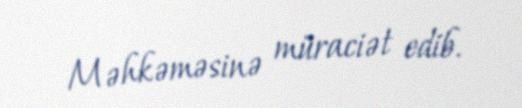
Məhkəməsinə müraciət edib.